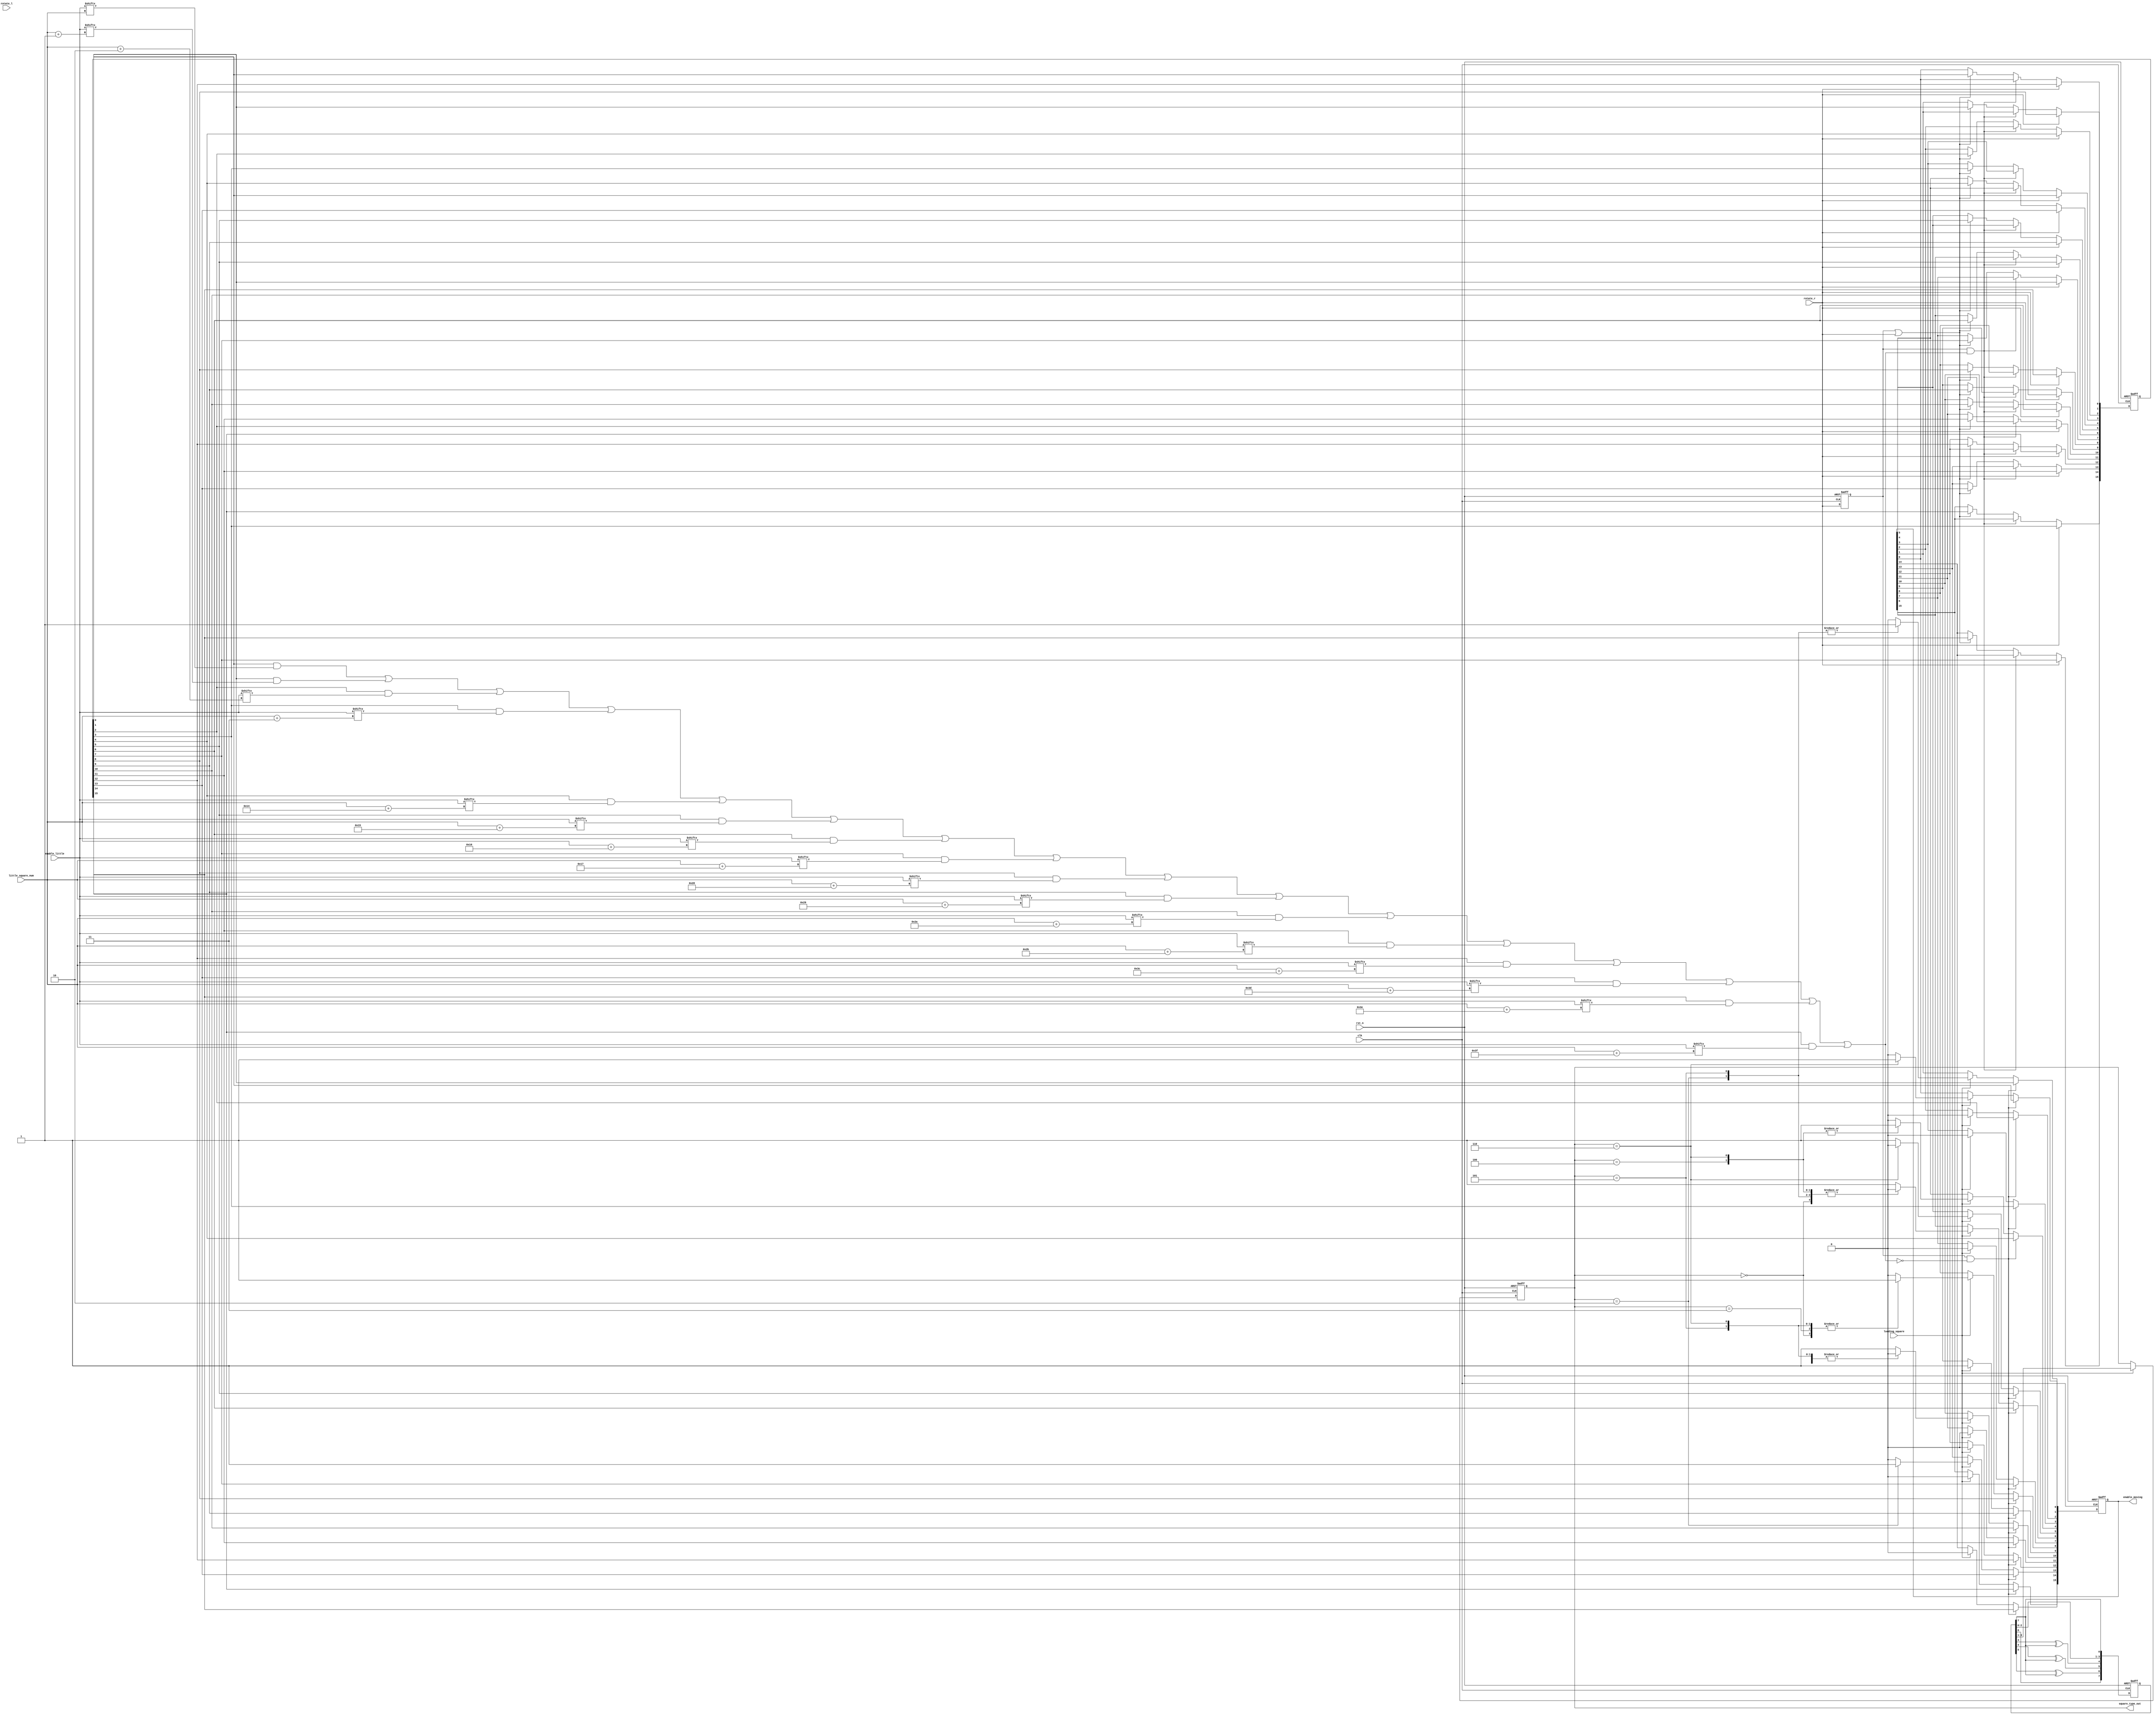
`timescale 1ns / 1ps

module square_gen
(clk, rst_n, 
rotate_r, rotate_l, loading_square, enable_little, little_square_num, enable_moving,square_type_out
);
input clk;
input rst_n;
input rotate_r;
input rotate_l;
input loading_square;
input[499:0] enable_little;
input[8:0] little_square_num;
output[15:0] enable_moving;
output[2:0] square_type_out;
/**************************************************/

wire rotate_en;
reg[15:0] enable_moving_r;
reg rotate_l_dly;
reg rotate_r_dly;

always @ ( posedge clk or negedge rst_n )
	begin 
	if( !rst_n )
		begin 
			rotate_r_dly <= 1'b0;
		end
	else 
		begin 
			rotate_r_dly <= rotate_r;
		end
	end
	
/**************************************************/

reg[15:0] enable_moving_rotate;

always @ ( posedge clk or negedge rst_n )
	begin
	if( !rst_n )
		enable_moving_rotate <= 16'b0000_0111_0010_0000;
	else if( rotate_r == 1'b1 )
		begin
		 enable_moving_rotate[0] <= enable_moving_rotate[12];
		 enable_moving_rotate[1] <= enable_moving_rotate[8];
		 enable_moving_rotate[2] <= enable_moving_rotate[4];
		 enable_moving_rotate[3] <= enable_moving_rotate[0];
		 enable_moving_rotate[4] <= enable_moving_rotate[13];
		 enable_moving_rotate[5] <= enable_moving_rotate[9];
		 enable_moving_rotate[6] <= enable_moving_rotate[5];
		 enable_moving_rotate[7] <= enable_moving_rotate[1];
		 enable_moving_rotate[8] <= enable_moving_rotate[14];
		 enable_moving_rotate[9] <= enable_moving_rotate[10];
		 enable_moving_rotate[10] <= enable_moving_rotate[6];
		 enable_moving_rotate[11] <= enable_moving_rotate[2];
		 enable_moving_rotate[12] <= enable_moving_rotate[15];
		 enable_moving_rotate[13] <= enable_moving_rotate[11];
		 enable_moving_rotate[14] <= enable_moving_rotate[7];
		 enable_moving_rotate[15] <= enable_moving_rotate[3];
		end
		 else if( rotate_r_dly && (~rotate_en) )
			begin
			enable_moving_rotate <= enable_moving_r;
		end
		else if(rotate_r_dly||rotate_r)
		begin
			enable_moving_rotate <= enable_moving_rotate;
		end
		else
			begin
		enable_moving_rotate <= enable_moving_r;		 
			end 
	end
	
/**************************************************/
//********************
reg[7:0] rand_num; 

always@(posedge clk or negedge rst_n)
begin
	if(!rst_n)
		 begin
		rand_num <= 8'b1111_1111;
		end			
	else
		begin
			rand_num[0] <= rand_num[7];
			rand_num[1] <= rand_num[0];
			rand_num[2] <= rand_num[1];
			rand_num[3] <= rand_num[2];
			rand_num[4] <= rand_num[3]^rand_num[7];
			rand_num[5] <= rand_num[4]^rand_num[7];
			rand_num[6] <= rand_num[5]^rand_num[7];
			rand_num[7] <= rand_num[6];
		end
			
end


/**************************************************/

reg[2:0] square_type;
 always @ ( posedge clk or negedge rst_n )
	begin 
	if( !rst_n )
		square_type <= 3'd0;
	else if( loading_square )
		square_type<=rand_num[3:1];
	else 
		square_type <= square_type;
	end
							
/**************************************************/



always @ ( posedge clk or negedge rst_n )
	begin 
	if( !rst_n )
		enable_moving_r <= 16'b0000_0111_0010_0000;
	else if( rotate_r_dly && rotate_en )
		begin 
		 enable_moving_r[0] <= enable_moving_rotate[0];
		 enable_moving_r[1] <= enable_moving_rotate[1];
		 enable_moving_r[2] <= enable_moving_rotate[2];
		 enable_moving_r[3] <= enable_moving_rotate[3];
		 enable_moving_r[4] <= enable_moving_rotate[4];
		 enable_moving_r[5] <= enable_moving_rotate[5];
		 enable_moving_r[6] <= enable_moving_rotate[6];
		 enable_moving_r[7] <= enable_moving_rotate[7];
		 enable_moving_r[8] <= enable_moving_rotate[8];
		 enable_moving_r[9] <= enable_moving_rotate[9];
		 enable_moving_r[10] <= enable_moving_rotate[10];
		 enable_moving_r[11] <= enable_moving_rotate[11];
		 enable_moving_r[12] <= enable_moving_rotate[12];
		 enable_moving_r[13] <= enable_moving_rotate[13];
		 enable_moving_r[14] <= enable_moving_rotate[14];
		 enable_moving_r[15] <= enable_moving_rotate[15];
		end
			
		
	else if( loading_square )
		begin
		 case( square_type )
			3'b000: enable_moving_r <= 16'b0000_0111_0010_0000;
			3'b001: enable_moving_r <= 16'b0000_0110_0110_0000;
			3'b010: enable_moving_r <= 16'b0010_0010_0010_0010;
			3'b011: enable_moving_r <= 16'b0000_0011_0110_0000;
			3'b100: enable_moving_r <= 16'b0000_0110_0011_0000;
			3'b101: enable_moving_r <= 16'b0000_0011_0010_0010;
			3'b110: enable_moving_r <= 16'b0000_0011_0001_0001;
			default: enable_moving_r <= 16'b0000_0110_0110_0000;
		 endcase
		end
	else 
		enable_moving_r <= enable_moving_r;
	end
	
/**************************************************/



assign rotate_en = ~ ( (enable_moving_rotate[0] && enable_little[little_square_num]) ||
						(enable_moving_rotate[1] && enable_little[little_square_num + 9'd1]) ||	
						(enable_moving_rotate[2] && enable_little[little_square_num + 9'd2]) || 
						(enable_moving_rotate[3] && enable_little[little_square_num + 9'd3]) || 
						(enable_moving_rotate[4] && enable_little[little_square_num + 9'd20]) || 
						(enable_moving_rotate[5] && enable_little[little_square_num + 9'd21]) || 
						(enable_moving_rotate[6] && enable_little[little_square_num + 9'd22]) || 
						(enable_moving_rotate[7] && enable_little[little_square_num + 9'd23]) || 
						(enable_moving_rotate[8] && enable_little[little_square_num + 9'd40]) || 
						(enable_moving_rotate[9] && enable_little[little_square_num + 9'd41]) || 
						(enable_moving_rotate[10] && enable_little[little_square_num + 9'd42]) || 
						(enable_moving_rotate[11] && enable_little[little_square_num + 9'd43]) || 
						(enable_moving_rotate[12] && enable_little[little_square_num + 9'd60]) || 
						(enable_moving_rotate[13] && enable_little[little_square_num + 9'd61]) || 
						(enable_moving_rotate[14] && enable_little[little_square_num + 9'd62]) || 
						(enable_moving_rotate[15] && enable_little[little_square_num + 9'd63]) );
						
/**************************************************/

assign enable_moving = enable_moving_r;
assign square_type_out = square_type;

/**************************************************/

endmodule